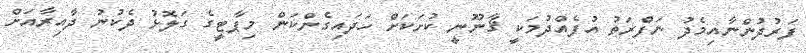
ފަރުދުންނާއިމެދު ނަފްރަތު އުފެއްދުމަކީ ޤާނޫނީ ކުށަކަށް ހަދައިގެންކަން މިޕާޓީގެ ގަލޮޅު ދެކުނު ދާއިރާއަށް